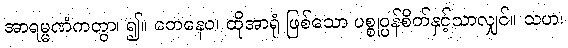
အာရမ္မဏံကတွာ၊ ၍။ တေနေဝ၊ ထိုအာရုံ ဖြစ်သော ပစ္စုပ္ပန်စိတ်နှင့်သာလျှင်။ သဟ၊